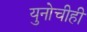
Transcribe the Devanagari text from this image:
युनोचीही